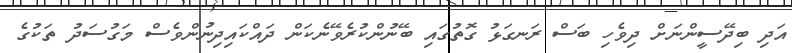
އަދި ބިދޭސީންނަށް ދިވެހި ބަސް ރަނގަޅު ގޮތުގައި ބޭނުންކުރެވޭނެކަން ދައްކައިދިނުންވެސް މަގުސަދު ތަކުގެ